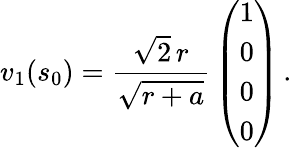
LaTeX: v_{1}(s_{0})={\frac{\sqrt{2}\, r}{\sqrt{r+a}}}\left(\begin{array}{c}{{1}}\\ {{0}}\\ {{0}}\\ {{0}}\end{array}\right)\, .